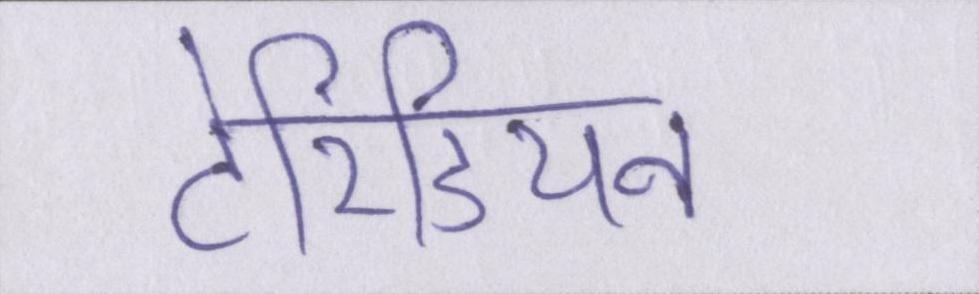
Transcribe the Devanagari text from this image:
टेरिडियन